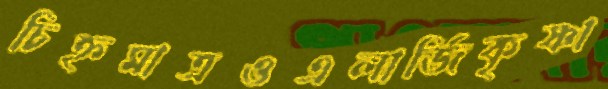
চিহ্নমাত্রওএলার্জিকৃষ্ণা